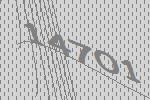
14701